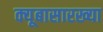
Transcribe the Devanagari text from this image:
क्यूबासारख्या